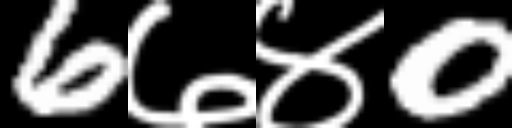
Text: 6७४0